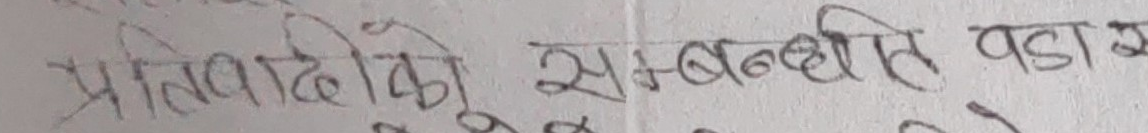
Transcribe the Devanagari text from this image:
प्रतिवादीको सम्बन्धित वडामा